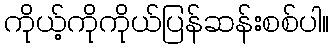
ကိုယ့်ကိုကိုယ်ပြန်ဆန်းစစ်ပါ။